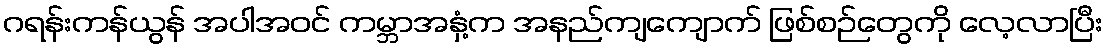
ဂရန်းကန်ယွန် အပါအဝင် ကမ္ဘာအနှံ့က အနည်ကျကျောက် ဖြစ်စဉ်တွေကို လေ့လာပြီး